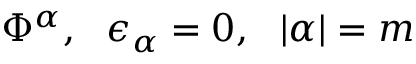
\Phi ^ { \alpha } , ~ ~ \epsilon _ { \alpha } = 0 , ~ ~ | \alpha | = m